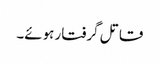
قاتل گرفتار ہوئے۔